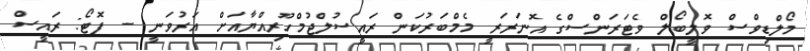
މޯލްޑިވްސް ވޮލީބޯލް ވެޓަރަންސްގެ އޮނަރަރީ މެމްބަރުކަން ރައީސުލްޖުމްހޫރިއްޔާއަށް އަރުވަނީ -- ފޮޓޯ: ރައީސް